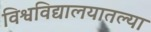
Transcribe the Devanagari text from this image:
विश्वविद्यालयातल्या